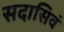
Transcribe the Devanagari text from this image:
सदासिवं